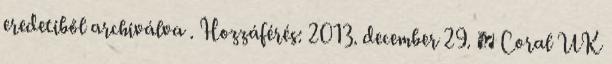
eredetiből archiválva . Hozzáférés: 2013. december 29. ↑ Coral UK